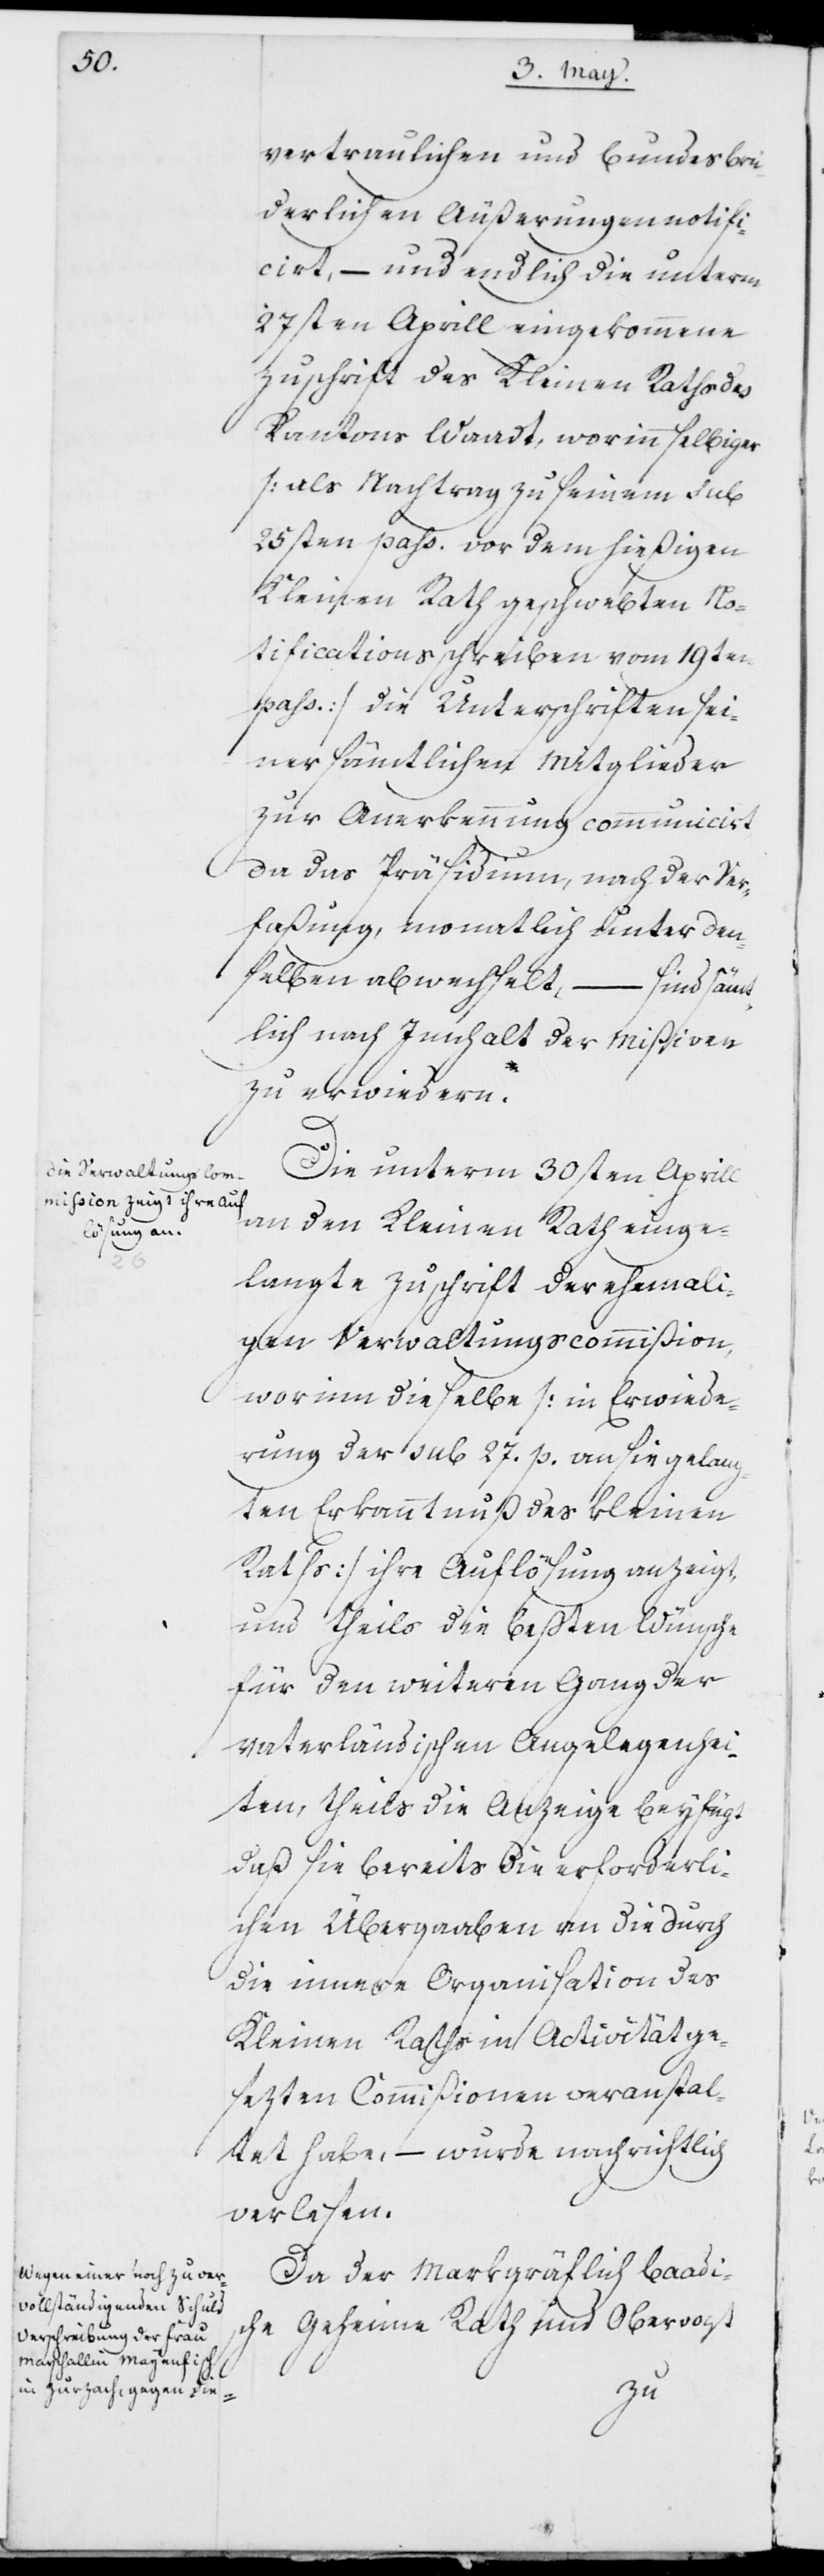
vertraulichen und bundesbrü¬
derlichen Äußerungen notifi¬
ciert, – und endlich die unterm
27sten Aprill eingekommene
Zuschrift des Kleinen Raths des
Kantons Waadt, worinn selbiger
(als Nachtrag zu seinem sub
25sten pass. vor dem hießigen
Kleinen Rath geschwebten No¬
tifications-Schreiben vom 19ten
pass.) die Unterschriften sei¬
ner sämtlichen Mitglieder
zur Anerkennung communicier¬
t, da das Präsidium, nach der Ver¬
faßung, monatlich unter den¬
selben abwechselt, – sind sämt¬
lich nach Innhalt der Mißiven
zu erwiedern.
Die unterm 30sten Aprill
an den Kleinen Rath einge¬
langte Zuschrift der ehemali¬
gen Verwaltungscommißion,
worinn dieselbe (in Erwiede¬
rung der sub 27. p[assati] an sie gelang¬
ten Erkanntnuß des Kleinen
Raths) ihre Auflösung anzeigt,
und theils die beßten Wünsche
für den weiteren Gang der
vaterländischen Angelegenhei¬
ten, theils die Anzeige beyfügt
daß sie bereits die erforderli¬
chen Übergaben an die durch
die innere Organisation des
Kleinen Raths in Activität ge¬
setzten Commißionen veranstal¬
tet habe, – wurde nachrichtlich
verlesen.
Da der Markgräflich Baadi¬
sche Geheime Rath und Obervogt